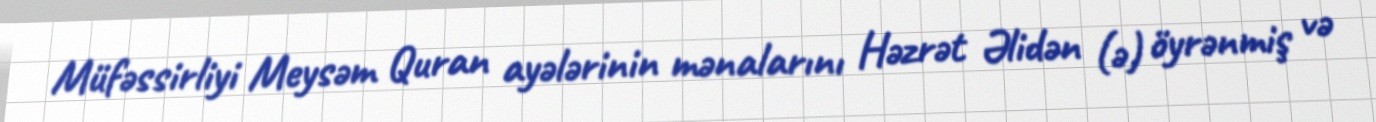
Müfəssirliyi Meysəm Quran ayələrinin mənalarını Həzrət Əlidən (ə) öyrənmiş və